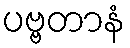
ပဗ္ဗတာနံ